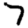
Digit: 7